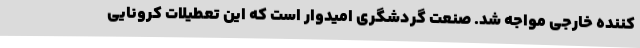
کننده خارجی مواجه شد. صنعت گردشگری امیدوار است که این تعطیلات کرونایی